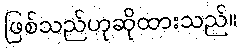
ဖြစ်သည်ဟုဆိုထားသည်။